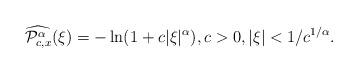
LaTeX: \begin{align*}\widehat{\mathcal{P}_{c,x}^{\alpha }}(\xi )=-\ln (1+c|\xi |^{\alpha }),c>0,|\xi |<1/c^{1/\alpha }. \end{align*}